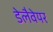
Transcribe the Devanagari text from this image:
डेलैवेयर